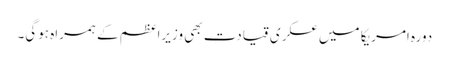
دورہ امریکا میں عسکری قیادت بھی وزیراعظم کے ہمراہ ہوگی۔